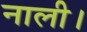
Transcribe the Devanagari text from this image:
नाली।